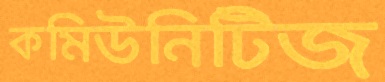
কমিউনিটিজ